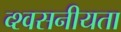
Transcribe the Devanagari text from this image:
व्श्वसनीयता